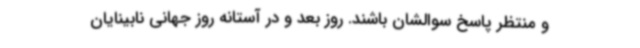
و منتظر پاسخ سوالشان باشند. روز بعد و در آستانه روز جهانی نابینایان